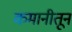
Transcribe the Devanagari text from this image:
कमानीतून